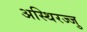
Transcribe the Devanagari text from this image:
अस्थिरज्जु